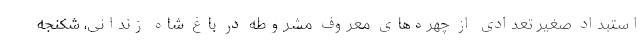
استبداد صغیر تعدادی از چهره‌های معروف مشروطه در باغ شاه زندانی، شکنجه